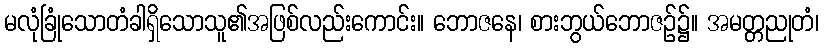
မလုံခြုံသောတံခါရှိသောသူ၏အဖြစ်လည်းကောင်း။ ဘောဇနေ၊ စားဘွယ်ဘောဇဉ်၌။ အမတ္တညုတံ၊